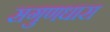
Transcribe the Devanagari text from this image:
सगुणधारा